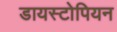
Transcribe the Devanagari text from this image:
डायस्टोपियन